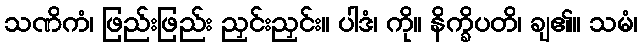
သဏိကံ၊ ဖြည်းဖြည်း ညှင်းညှင်း။ ပါဒံ၊ ကို။ နိက္ခိပတိ၊ ချ၏။ သမံ၊